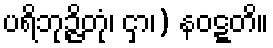
ပရိဘုဉ္ဇိတုံ၊ ငှာ၊) နဝဋ္ဋတိ။